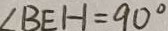
\angle B E H = 9 0 ^ { \circ }